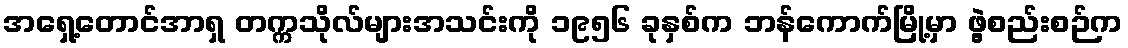
အရှေ့တောင်အာရှ တက္ကသိုလ်များအသင်းကို ၁၉၅၆ ခုနှစ်က ဘန်ကောက်မြို့မှာ ဖွဲ့စည်းစဉ်က